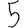
Digit: 5